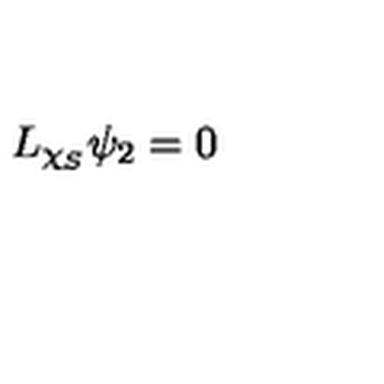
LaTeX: L _ { \chi _ { S } } \psi _ { 2 } = 0